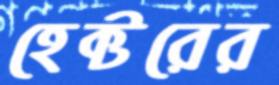
হেক্টরের